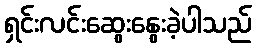
ရှင်းလင်းဆွေးနွေးခဲ့ပါသည်